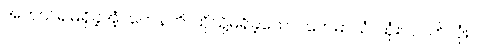
အကယ်၍မရှိခဲ့အံ့။ တေနဟိ၊ ထိုသို့မရှိခဲ့သော်။ တေမာသံ၊ သုံးလပတ်လုံး။